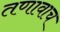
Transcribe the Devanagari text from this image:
तणावाच